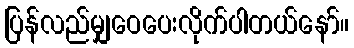
ပြန်လည်မျှဝေပေးလိုက်ပါတယ်နော်။